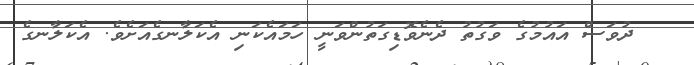
ދުވަސް އައުމުގެ ވަގުތު ދެނެވޮޑިގަތުންވަނީ ހަމައެކަނި އެކަލާނގެއަށެވެ. އެކަލާނގެ